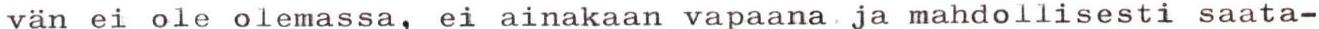
van ei ole olemassa, ei ainakaan vapaana ja mahdollisesti saata-